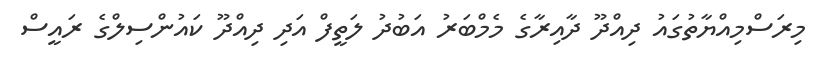
މިރަސްމިއްޔާތުގައު ދިއްދޫ ދާއިރާގެ މެމްބަރު އަބުދު ލަތީފް އަދި ދިއްދޫ ކައުންސިލްގެ ރައީސް